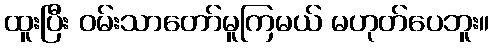
ထူးပြီး ဝမ်းသာတော်မူကြမယ် မဟုတ်ပေဘူး။